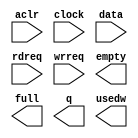
// megafunction wizard: %FIFO%VBB%
// GENERATION: STANDARD
// VERSION: WM1.0
// MODULE: scfifo 

// ============================================================
// Megafunction Name(s):
// 			scfifo
//
// Simulation Library Files(s):
// 			altera_mf
// ============================================================
// ************************************************************
// THIS IS A WIZARD-GENERATED FILE. DO NOT EDIT THIS FILE!
//
// 18.1.0 Build 625 09/12/2018 SJ Standard Edition
// ************************************************************

//Copyright (C) 2018  Intel Corporation. All rights reserved.
//Your use of Intel Corporation's design tools, logic functions 
//and other software and tools, and its AMPP partner logic 
//functions, and any output files from any of the foregoing 
//(including device programming or simulation files), and any 
//associated documentation or information are expressly subject 
//to the terms and conditions of the Intel Program License 
//Subscription Agreement, the Intel Quartus Prime License Agreement,
//the Intel FPGA IP License Agreement, or other applicable license
//agreement, including, without limitation, that your use is for
//the sole purpose of programming logic devices manufactured by
//Intel and sold by Intel or its authorized distributors.  Please
//refer to the applicable agreement for further details.

module buffer (
	aclr,
	clock,
	data,
	rdreq,
	wrreq,
	empty,
	full,
	q,
	usedw);

	input	  aclr;
	input	  clock;
	input	[43:0]  data;
	input	  rdreq;
	input	  wrreq;
	output	  empty;
	output	  full;
	output	[43:0]  q;
	output	[4:0]  usedw;

endmodule

// ============================================================
// CNX file retrieval info
// ============================================================
// Retrieval info: PRIVATE: AlmostEmpty NUMERIC "0"
// Retrieval info: PRIVATE: AlmostEmptyThr NUMERIC "-1"
// Retrieval info: PRIVATE: AlmostFull NUMERIC "0"
// Retrieval info: PRIVATE: AlmostFullThr NUMERIC "-1"
// Retrieval info: PRIVATE: CLOCKS_ARE_SYNCHRONIZED NUMERIC "1"
// Retrieval info: PRIVATE: Clock NUMERIC "0"
// Retrieval info: PRIVATE: Depth NUMERIC "32"
// Retrieval info: PRIVATE: Empty NUMERIC "1"
// Retrieval info: PRIVATE: Full NUMERIC "1"
// Retrieval info: PRIVATE: INTENDED_DEVICE_FAMILY STRING "Cyclone IV E"
// Retrieval info: PRIVATE: LE_BasedFIFO NUMERIC "0"
// Retrieval info: PRIVATE: LegacyRREQ NUMERIC "0"
// Retrieval info: PRIVATE: MAX_DEPTH_BY_9 NUMERIC "0"
// Retrieval info: PRIVATE: OVERFLOW_CHECKING NUMERIC "0"
// Retrieval info: PRIVATE: Optimize NUMERIC "0"
// Retrieval info: PRIVATE: RAM_BLOCK_TYPE NUMERIC "0"
// Retrieval info: PRIVATE: SYNTH_WRAPPER_GEN_POSTFIX STRING "0"
// Retrieval info: PRIVATE: UNDERFLOW_CHECKING NUMERIC "0"
// Retrieval info: PRIVATE: UsedW NUMERIC "1"
// Retrieval info: PRIVATE: Width NUMERIC "44"
// Retrieval info: PRIVATE: dc_aclr NUMERIC "0"
// Retrieval info: PRIVATE: diff_widths NUMERIC "0"
// Retrieval info: PRIVATE: msb_usedw NUMERIC "0"
// Retrieval info: PRIVATE: output_width NUMERIC "44"
// Retrieval info: PRIVATE: rsEmpty NUMERIC "1"
// Retrieval info: PRIVATE: rsFull NUMERIC "0"
// Retrieval info: PRIVATE: rsUsedW NUMERIC "0"
// Retrieval info: PRIVATE: sc_aclr NUMERIC "1"
// Retrieval info: PRIVATE: sc_sclr NUMERIC "0"
// Retrieval info: PRIVATE: wsEmpty NUMERIC "0"
// Retrieval info: PRIVATE: wsFull NUMERIC "1"
// Retrieval info: PRIVATE: wsUsedW NUMERIC "0"
// Retrieval info: LIBRARY: altera_mf altera_mf.altera_mf_components.all
// Retrieval info: CONSTANT: ADD_RAM_OUTPUT_REGISTER STRING "OFF"
// Retrieval info: CONSTANT: INTENDED_DEVICE_FAMILY STRING "Cyclone IV E"
// Retrieval info: CONSTANT: LPM_NUMWORDS NUMERIC "32"
// Retrieval info: CONSTANT: LPM_SHOWAHEAD STRING "ON"
// Retrieval info: CONSTANT: LPM_TYPE STRING "scfifo"
// Retrieval info: CONSTANT: LPM_WIDTH NUMERIC "44"
// Retrieval info: CONSTANT: LPM_WIDTHU NUMERIC "5"
// Retrieval info: CONSTANT: OVERFLOW_CHECKING STRING "ON"
// Retrieval info: CONSTANT: UNDERFLOW_CHECKING STRING "ON"
// Retrieval info: CONSTANT: USE_EAB STRING "ON"
// Retrieval info: USED_PORT: aclr 0 0 0 0 INPUT NODEFVAL "aclr"
// Retrieval info: USED_PORT: clock 0 0 0 0 INPUT NODEFVAL "clock"
// Retrieval info: USED_PORT: data 0 0 44 0 INPUT NODEFVAL "data[43..0]"
// Retrieval info: USED_PORT: empty 0 0 0 0 OUTPUT NODEFVAL "empty"
// Retrieval info: USED_PORT: full 0 0 0 0 OUTPUT NODEFVAL "full"
// Retrieval info: USED_PORT: q 0 0 44 0 OUTPUT NODEFVAL "q[43..0]"
// Retrieval info: USED_PORT: rdreq 0 0 0 0 INPUT NODEFVAL "rdreq"
// Retrieval info: USED_PORT: usedw 0 0 5 0 OUTPUT NODEFVAL "usedw[4..0]"
// Retrieval info: USED_PORT: wrreq 0 0 0 0 INPUT NODEFVAL "wrreq"
// Retrieval info: CONNECT: @aclr 0 0 0 0 aclr 0 0 0 0
// Retrieval info: CONNECT: @clock 0 0 0 0 clock 0 0 0 0
// Retrieval info: CONNECT: @data 0 0 44 0 data 0 0 44 0
// Retrieval info: CONNECT: @rdreq 0 0 0 0 rdreq 0 0 0 0
// Retrieval info: CONNECT: @wrreq 0 0 0 0 wrreq 0 0 0 0
// Retrieval info: CONNECT: empty 0 0 0 0 @empty 0 0 0 0
// Retrieval info: CONNECT: full 0 0 0 0 @full 0 0 0 0
// Retrieval info: CONNECT: q 0 0 44 0 @q 0 0 44 0
// Retrieval info: CONNECT: usedw 0 0 5 0 @usedw 0 0 5 0
// Retrieval info: GEN_FILE: TYPE_NORMAL buffer.v TRUE
// Retrieval info: GEN_FILE: TYPE_NORMAL buffer.inc FALSE
// Retrieval info: GEN_FILE: TYPE_NORMAL buffer.cmp FALSE
// Retrieval info: GEN_FILE: TYPE_NORMAL buffer.bsf FALSE
// Retrieval info: GEN_FILE: TYPE_NORMAL buffer_inst.v TRUE
// Retrieval info: GEN_FILE: TYPE_NORMAL buffer_bb.v TRUE
// Retrieval info: LIB_FILE: altera_mf